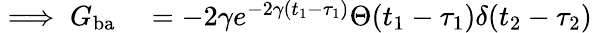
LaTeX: \begin{array}{rl}{\implies G_{\mathrm{ba}}}&{{}=-2\gamma e^{-2\gamma(t_{1}-\tau_{1})}\Theta(t_{1}-\tau_{1})\delta(t_{2}-\tau_{2})}\end{array}